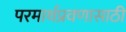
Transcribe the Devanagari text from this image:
परमार्थप्रवणासाठी